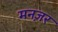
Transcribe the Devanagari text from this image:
मनज़र